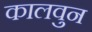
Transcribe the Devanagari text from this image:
कालवुन